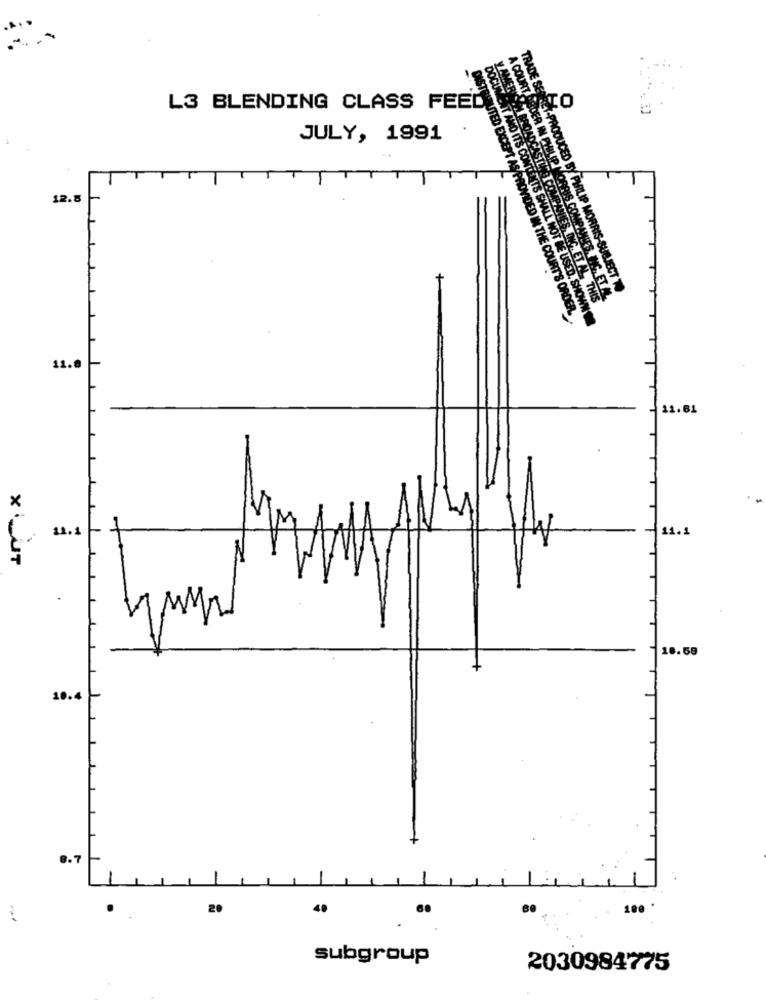
y AMERIC
TRADE SER
RTO
L3 BLENDING CLASS FEED
UTED
A COURT DISIDER
JULY, 1991
12.5
OADCASTLES COME
AS PROVIDED IN
LIP MORRIS COMP
NO ITS CONTENTS SHALL NOT
UCED BY PHILIP MORRIS-SUBJECT TO
NC.ET AL THIS
COURT'S ORDER.
USED. SHOWN
11.8
11.61
11.1
11.1
X 'SUT
18.59
10.4
3.7
20
40
100 *
subgroup
2030984775